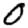
Digit: 0